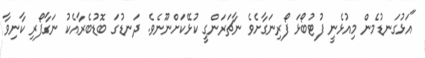
"އަޅުގަނޑުމެން މިއުޅެނީ ފުޓުބޯޅަ ފޯރިނަގާށެވެ ނާޗަރަންގީ ކުޅޭކަށްނޫނެވެ. ދަނޑުގަ ބޮޑުބެރާއެކު ނަގާފޯރި ކާނިވާ